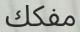
مفكك